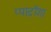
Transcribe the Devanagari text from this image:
प्पाद़ॉशा